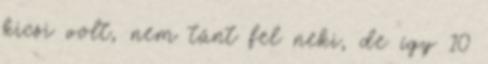
kicsi volt, nem tűnt fel neki, de így 10